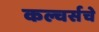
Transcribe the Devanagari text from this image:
कल्चर्सचे